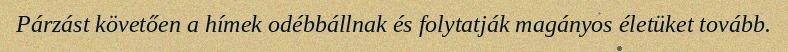
Párzást követően a hímek odébbállnak és folytatják magányos életüket tovább.